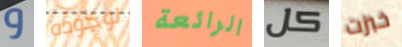
و لوجوده الرائعة كل خبزت